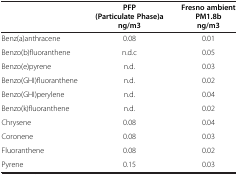
|  | PFP (Particulate Phase)a ng/m3 | Fresno ambient PM1.8b ng/m3 |
 | --- | --- | --- |
 | Benz(a)anthracene | 0.08 | 0.01 |
 | Benzo(b)fluoranthene | n.d.c | 0.05 |
 | Benzo(e)pyrene | n.d. | 0.03 |
 | Benzo(GHI)fluoranthene | n.d. | 0.02 |
 | Benzo(GHI)perylene | n.d. | 0.04 |
 | Benzo(k)fluoranthene | n.d. | 0.02 |
 | Chrysene | 0.08 | 0.04 |
 | Coronene | 0.08 | 0.03 |
 | Fluoranthene | 0.08 | 0.02 |
 | Pyrene | 0.15 | 0.03 |